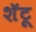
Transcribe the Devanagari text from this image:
शॅटू